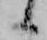
候